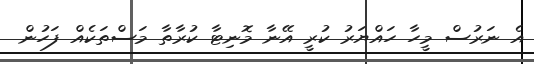
އެ ނަރުސް މީހާ ހައްޔަރު ކުރީ އޭނާ މޮނިޓާ ކުރާތާ މަސްތަކެއް ފަހުން